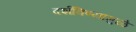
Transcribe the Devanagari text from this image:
दर्शविण्यामुळे